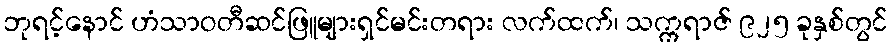
ဘုရင့်နောင် ဟံသာဝတီဆင်ဖြူများရှင်မင်းတရား လက်ထက်၊ သက္ကရာဇ် ၉၂၅ ခုနှစ်တွင်